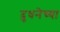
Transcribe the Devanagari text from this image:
दुधनेच्या